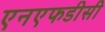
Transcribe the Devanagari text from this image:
एनएफडीसी